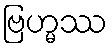
ဗြဟ္မဿ